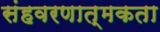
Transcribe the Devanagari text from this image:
संहवरणात्मकता